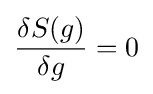
{\frac {\delta S(g)}{\delta g}}=0